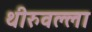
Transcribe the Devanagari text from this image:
थीरुवल्ला